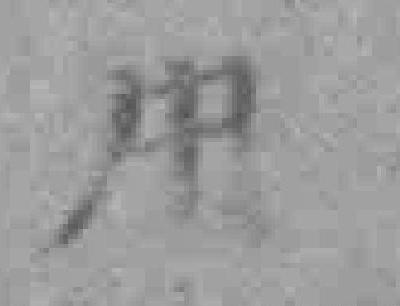
用